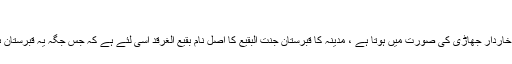
]
تشریح: " غرقد " ایک درخت کا نام ہے جو خاردار جھاڑی کی صورت میں ہوتا ہے ، مدینہ کا قبرستان جنت البقیع کا اصل نام بقیع الغرقد اسی لئے ہے کہ جس جگہ یہ قبرستان ہے پہلے وہ غرقد کی جھاڑیوں کا خطہ تھا۔